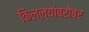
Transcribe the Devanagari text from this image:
किल्ल्यांबरोबर